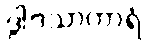
ဒွါဒသာကာရံ